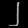
Digit: ၂